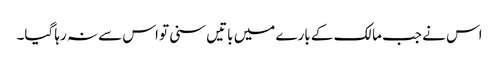
اس نے جب مالک کے بارے میں باتیں سنی تو اس سے نہ رہا گیا۔